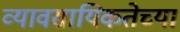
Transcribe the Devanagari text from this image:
व्यावसायिकतेच्या